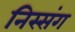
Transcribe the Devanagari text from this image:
निस्संग